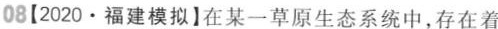
08(2020\cdot 福建模拟】在某一草原生态系统中，存在着